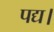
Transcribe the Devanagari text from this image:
पद्य।